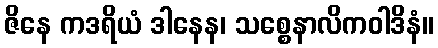
ဇိနေ ကဒရိယံ ဒါနေန၊ သစ္စေနာလိကဝါဒိနံ။